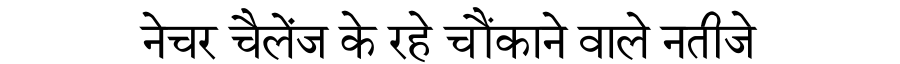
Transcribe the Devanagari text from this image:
नेचर चैलेंज के रहे चौंकाने वाले नतीजे